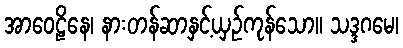
အာဝေဠိနေ၊ နားတန်ဆာနှင့်ယှဉ်ကုန်သော။ သဒ္ဒဂမေ၊